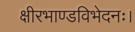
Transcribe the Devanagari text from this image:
क्षीरभाण्डविभेदनः।